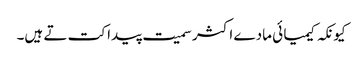
کیونکہ کیمیا ئی مادے اکثر سمیت پیدا کت تے ہیں۔